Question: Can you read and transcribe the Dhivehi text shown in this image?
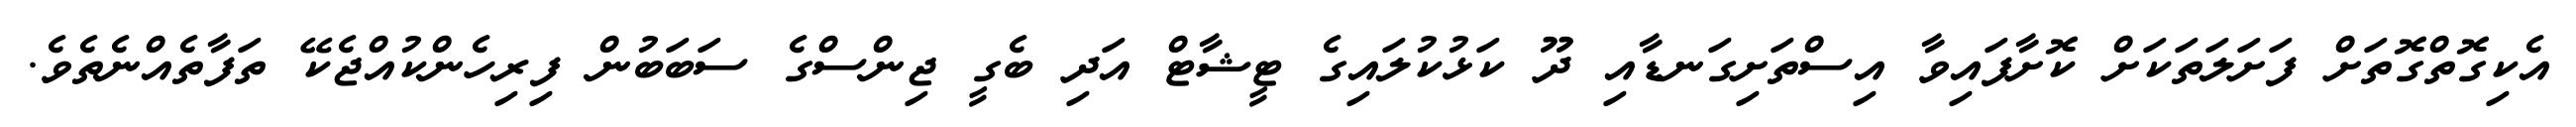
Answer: އެކިގޮތްގޮތަށް ފަށަލަތަކަށް ކޮށާފައިވާ އިސްތަށިގަނޑާއި ދޫ ކަޅުކުލައިގެ ޓީޝާޓް އަދި ބެގީ ޖިންސްގެ ސަބަބުން ފިރިހެންކުއްޖެކޭ ތަފާތެއްނެތެވެ.